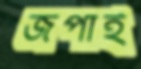
জপাই